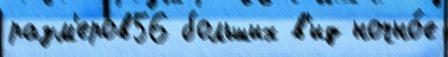
разм'еров56 больших в'ид ночно́е